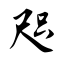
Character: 咫